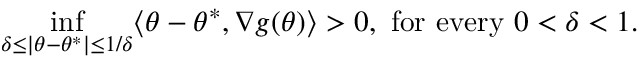
\operatorname* { i n f } _ { \delta \leq | \theta - \theta ^ { * } | \leq 1 / \delta } \langle \theta - \theta ^ { * } , \nabla g ( \theta ) \rangle > 0 , { \mathrm { ~ f o r ~ e v e r y ~ } } 0 < \delta < 1 .